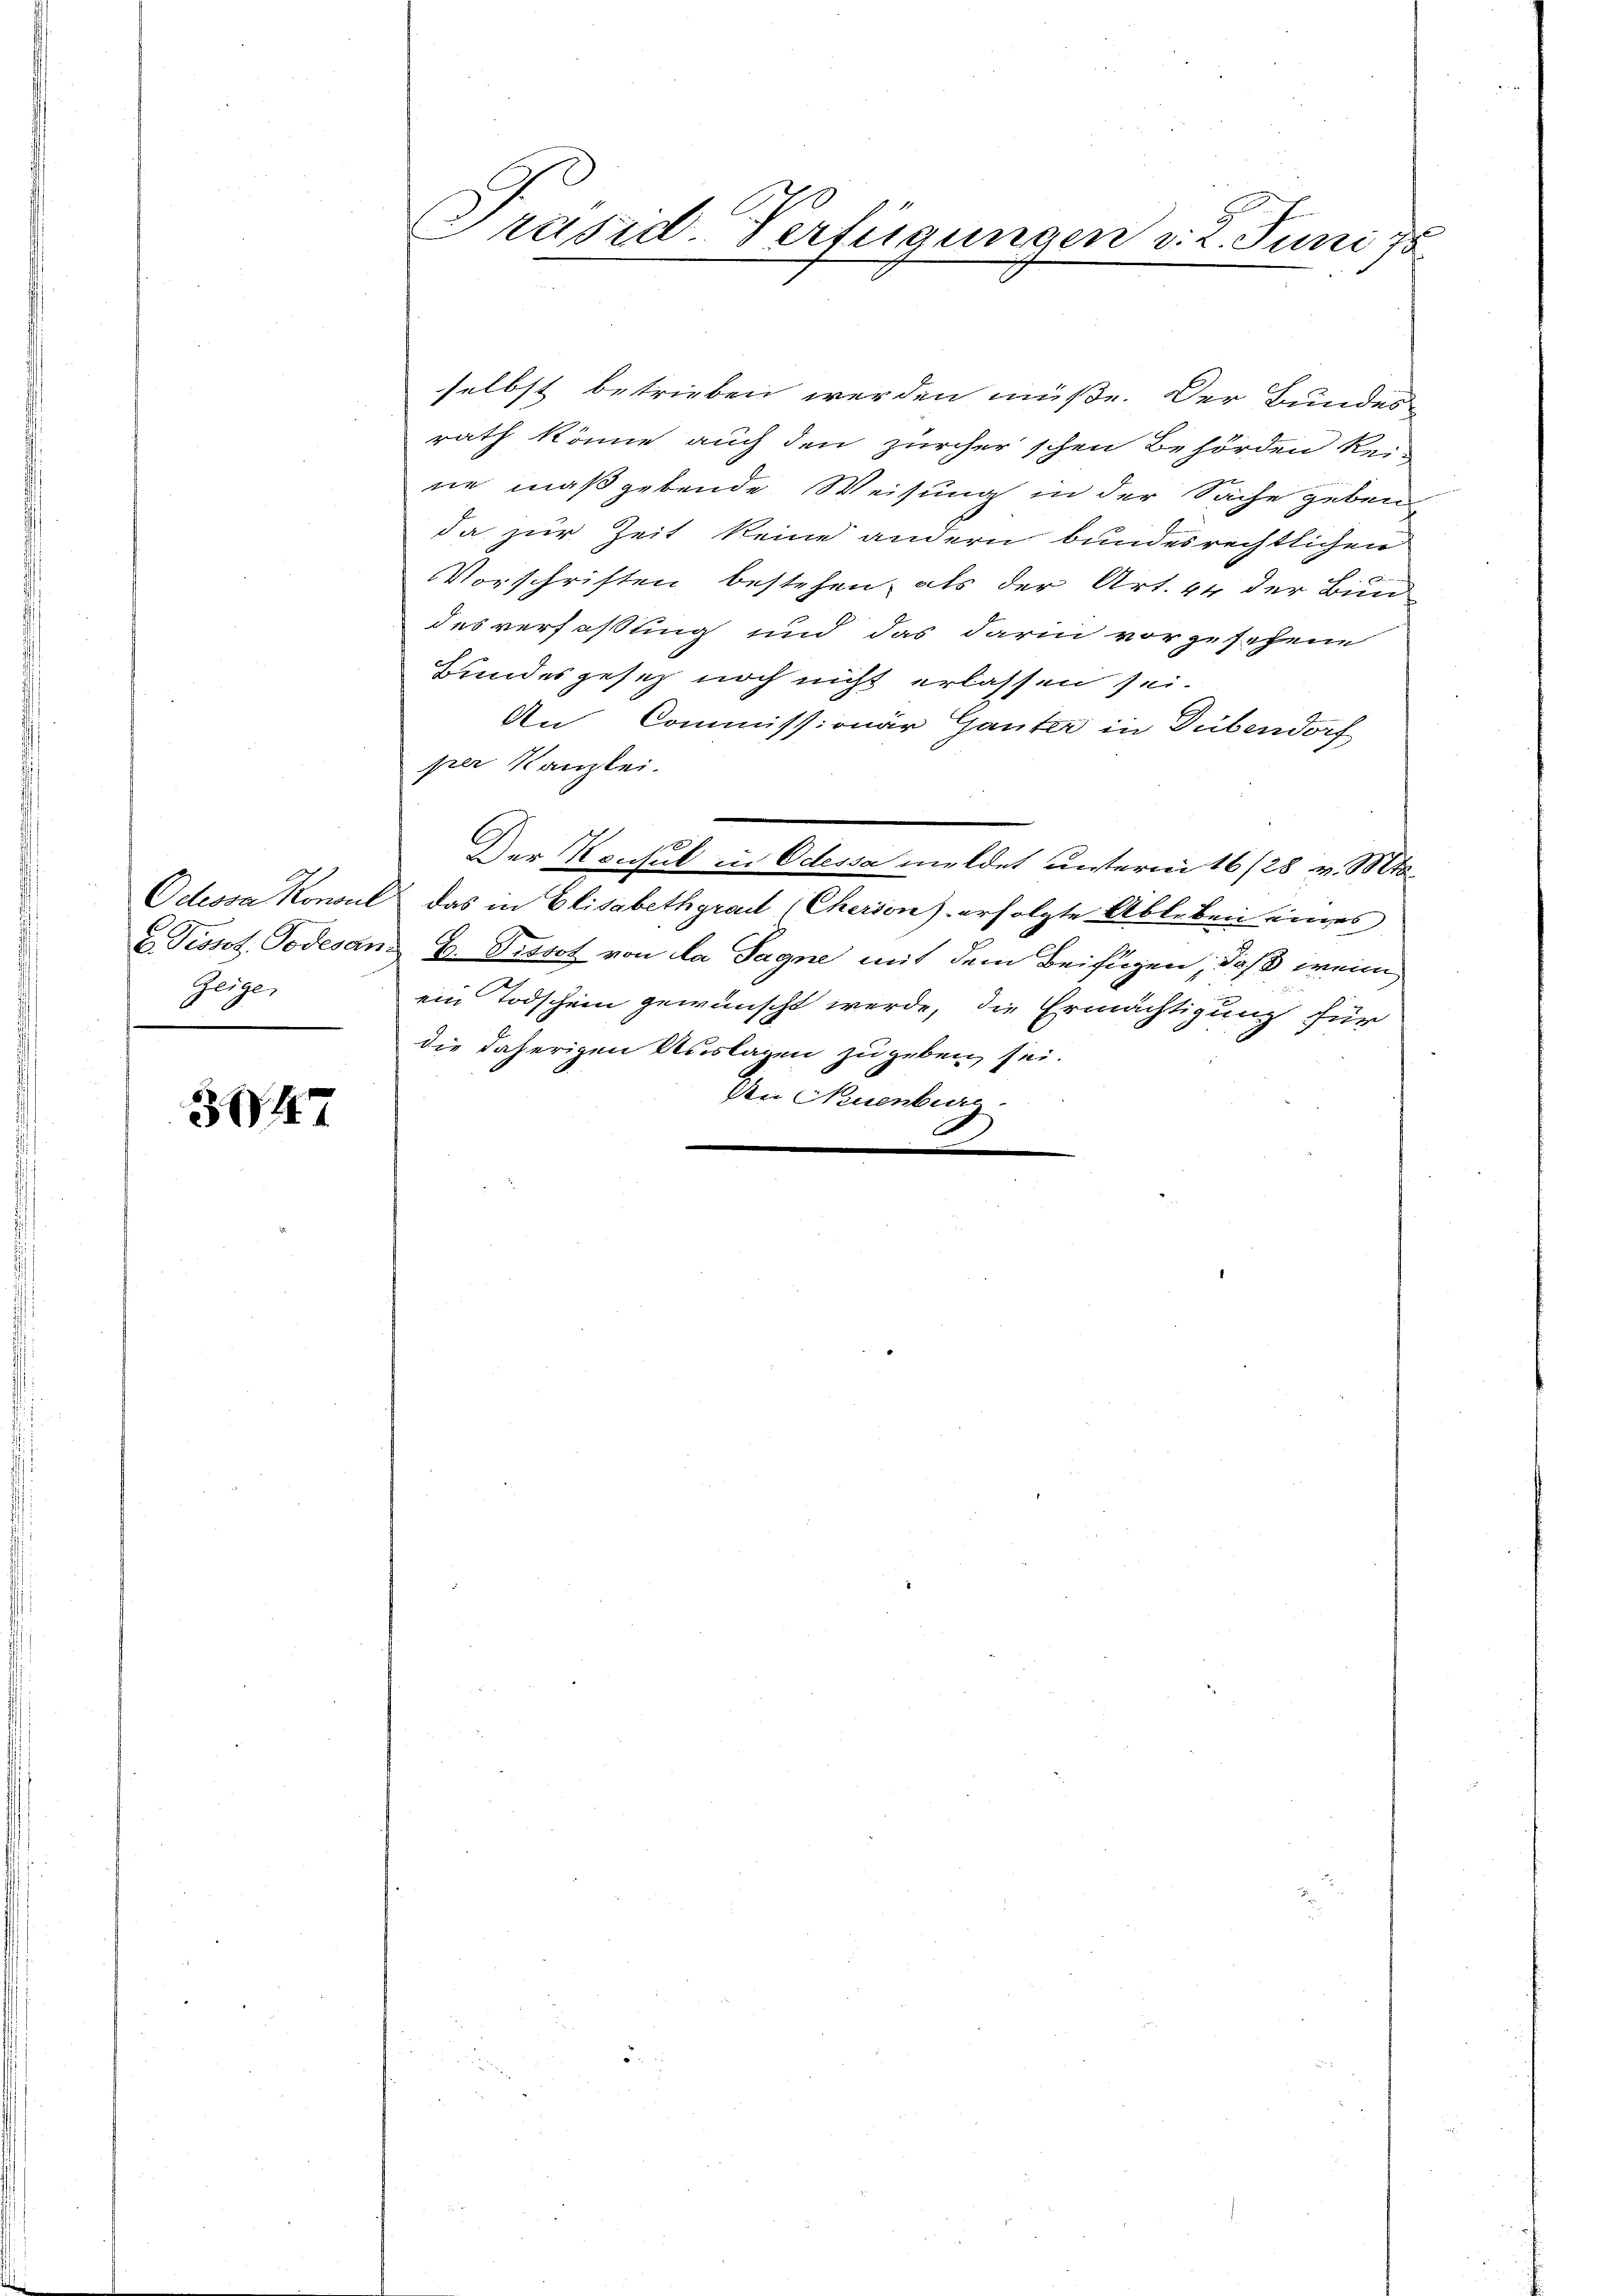
Geige,
.

347

selbst betrieben werden müße. Der Bundesrath könne auch den zürcher'schen Behörden kei-
ne maßgebende Weisung in der Sache geben
da zur Zeit keine andern bundesrechtlichen
Vorschriften bestehen, als der Art. 44 der Bund
desverfaßung und das darin vorzusehene
Bundesgesetz noch nicht erlassen sei.
An Commissionär Ganter in Dübendorf
per Kanzlei.
Der Konsul in Odessa meldet unterm 16/28 v. Mts.
Odessa Konsul das in Elisabethgrad (Cherson) erfolgte Ableben eines
x Pissot, Todesans E. Pissot von la Sagne mit dem Beifügen, daß wenn
ein Todschein gewünscht werde, die Ermächtigung für
die daherigen Auslagen zugeben sei.
An Neuenburg
.

Präsid. Verfügungen v. 2. Juni 18
a